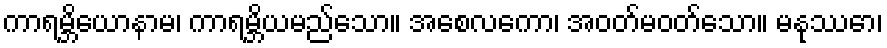
ကာရမ္ဘိယောနာမ၊ ကာရမ္ဘိယမည်သော။ အစေလကော၊ အဝတ်မဝတ်သော။ မနုဿော၊